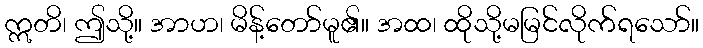
ဣတိ၊ ဤသို့။ အာဟ၊ မိန့်တော်မူ၏။ အထ၊ ထိုသို့မမြင်လိုက်ရသော်။